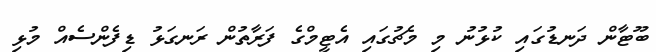
ބޫޓާން ދަނޑުގައި ކުޅުނު މި މެޗުގައި އެޓީމްގެ ފަރާތުން ރަނގަޅު ޑިފެންސެއް މުޅި